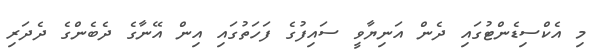
މި އެކްސިޑެންޓުގައި ދެން އަނިޔާވީ ސައިފުގެ ފަހަތުގައި އިން އޭނާގެ ދެބެންގެ ދެދަރި